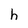
Character: h